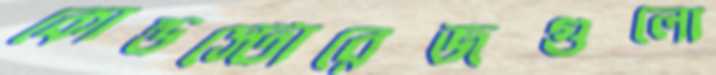
কোল্ডস্টোরেজগুলো